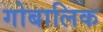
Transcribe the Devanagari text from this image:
गोबालिक